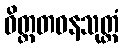
ဝိတ္ထတဓနသုတ္တံ